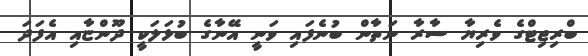
ބްރިޖިޓްގެ ވެރިޔާ ސާރާ ނަތާން ބުނެފައި ވަނީ އޭނާގެ ބުޅަލަކީ ދޫންޏާއި އެފަދަ